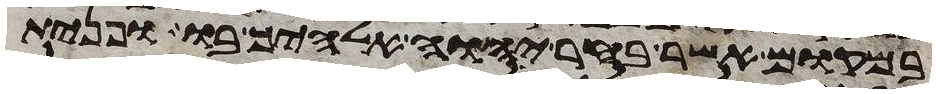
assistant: במקום אשר בחר יהוה אלהיך בו ופנית